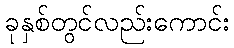
ခုနှစ်တွင်လည်းကောင်း